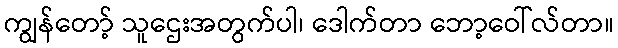
ကျွန်တော့် သူဌေးအတွက်ပါ၊ ဒေါက်တာ ဘော့ဝေါ်လ်တာ။